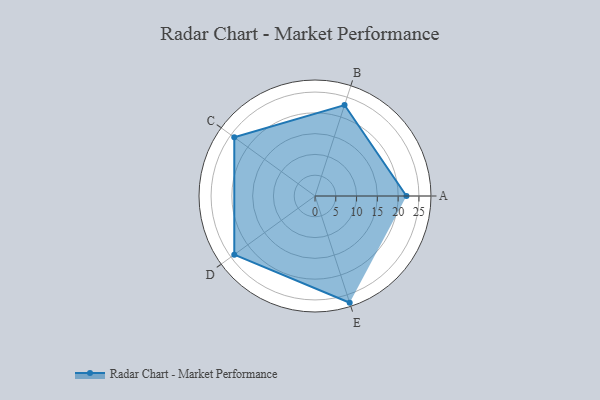
{"axis": {"x": "Skill", "y": "Score"}, "legend": ["Profile"], "data": [{"x": "A", "y": 22.0, "type": "Profile"}, {"x": "B", "y": 23.0, "type": "Profile"}, {"x": "C", "y": 24.0, "type": "Profile"}, {"x": "D", "y": 24.0, "type": "Profile"}, {"x": "E", "y": 27.0, "type": "Profile"}]}